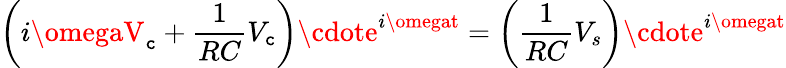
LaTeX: \left(i\omegaV_{\mathtt{c}}+{\frac{{1}}{{RC}}}V_{\mathtt{c}}\right)\cdote^{i\omegat}=\left({\frac{{1}}{{RC}}}V_{s}\right)\cdote^{i\omegat}